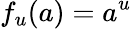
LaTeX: f_{u}(a)=a^{u}